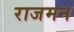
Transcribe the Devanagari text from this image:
राजमन